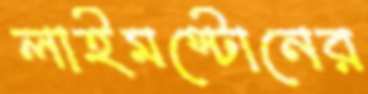
লাইমস্টোনের